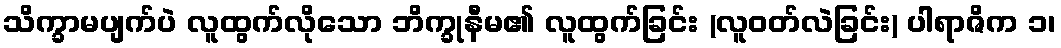
သိက္ခာမပျက်ပဲ လူထွက်လိုသော ဘိက္ခုနီမ၏ လူထွက်ခြင်း (လူဝတ်လဲခြင်း) ပါရာဇိက ၁၊